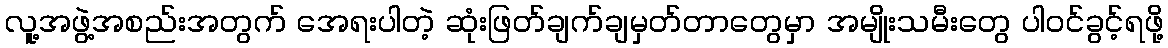
လူ့အဖွဲ့အစည်းအတွက် အေရးပါတဲ့ ဆုံးဖြတ်ချက်ချမှတ်တာတွေမှာ အမျိုးသမီးတွေ ပါဝင်ခွင့်ရဖို့